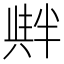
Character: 𠦺